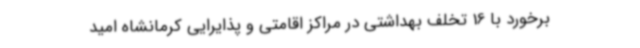
برخورد با 16 تخلف بهداشتی در مراکز اقامتی و پذایرایی کرمانشاه امید